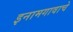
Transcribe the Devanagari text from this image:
इनामगावाचे